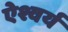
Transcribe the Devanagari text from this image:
ऐश्वर्य